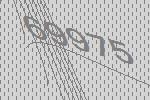
69975